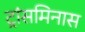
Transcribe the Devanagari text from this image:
ट्रांसमिनास